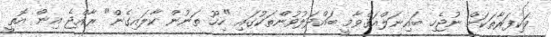
ވަކިފަރާތަކަށް ނުޖެހި ބައިނަލްއަޤްވާމީ ބައްދަލުވުންތަކުގައި "ހިހޫ ތަނުން ކާލައިގެން" ރާއްޖެ އިން އޮތީ